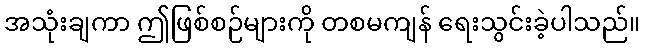
အသုံးချကာ ဤဖြစ်စဉ်များကို တစမကျန် ရေးသွင်းခဲ့ပါသည်။